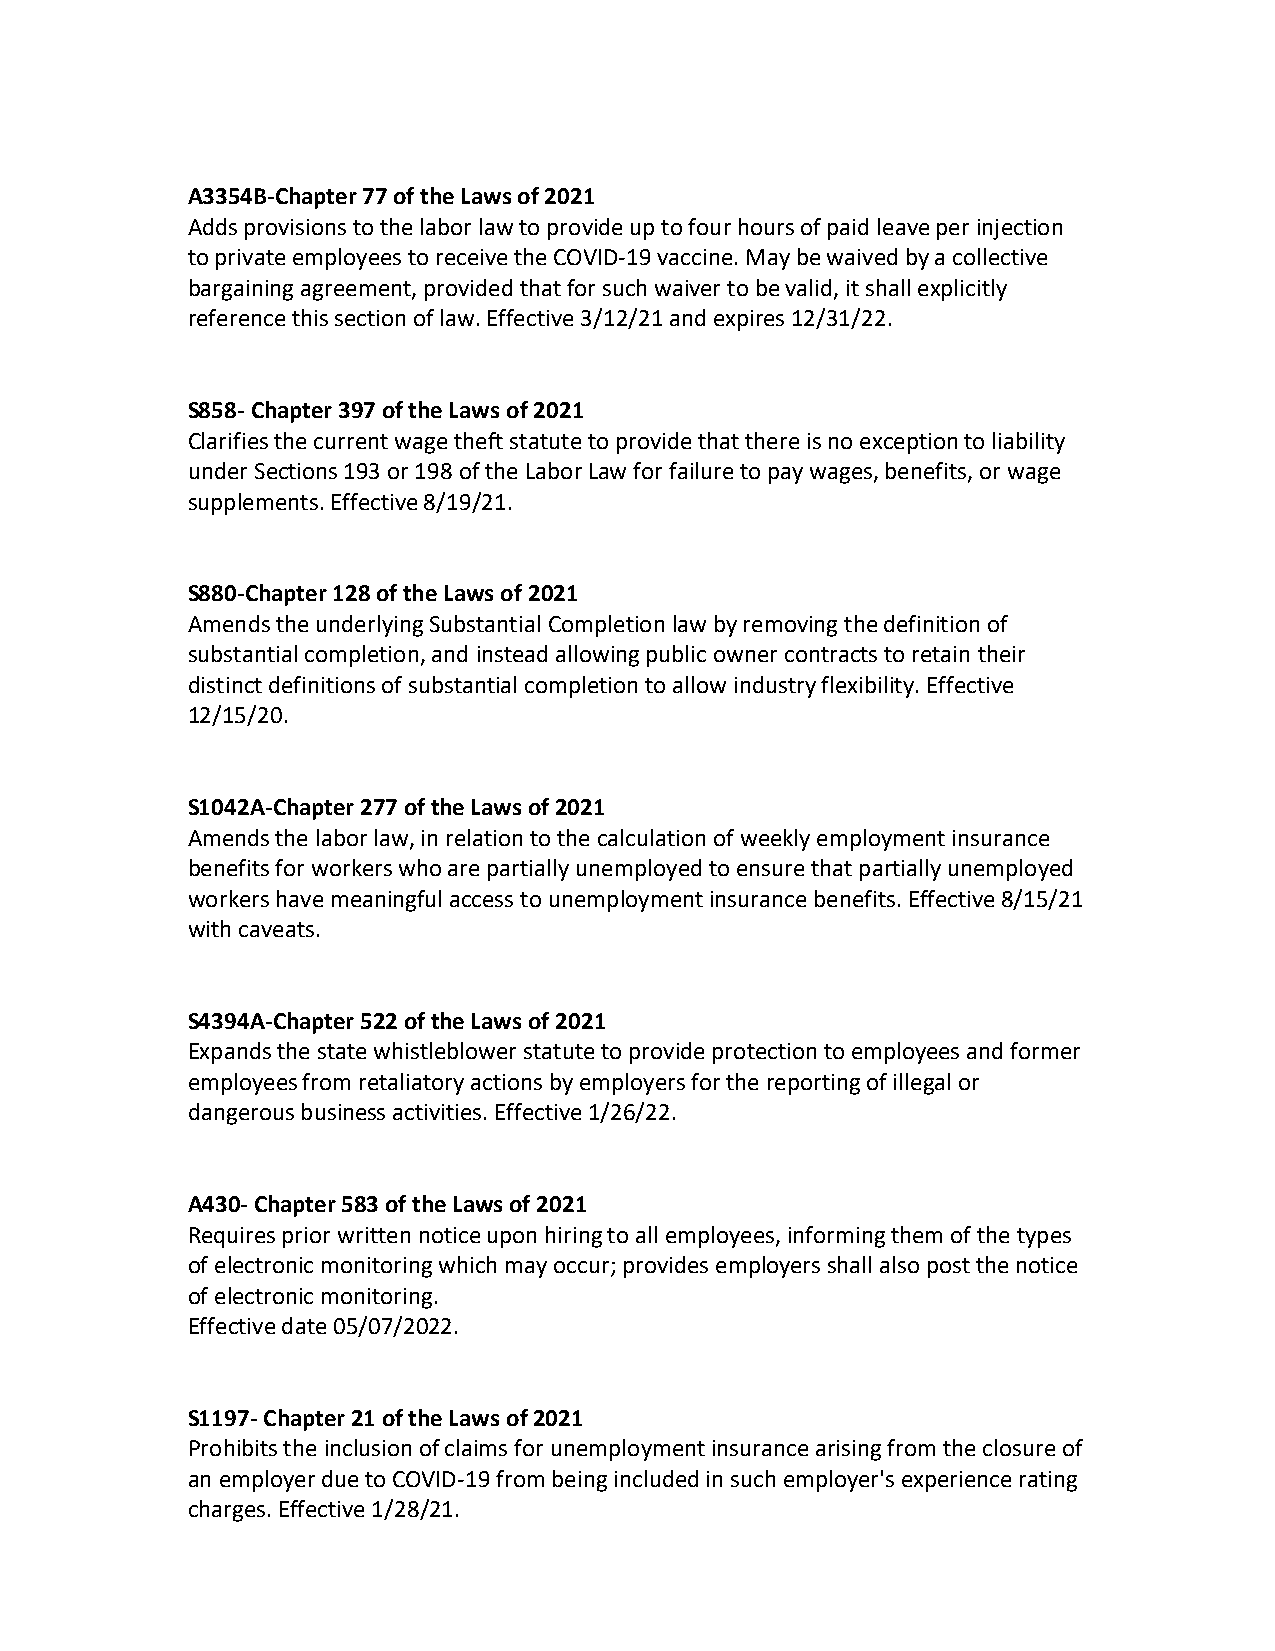
A3354B-Chapter 77 of the Laws of 2021
 Adds provisions to the labor law to provide up to four hours of paid leave per injection
 to private employees to receive the COVID-19 vaccine. May be waived by a collective
 bargaining agreement, provided that for such waiver to be valid, it shall explicitly
 reference this section of law. Effective 3/12/21 and expires 12/31/22.
 S858- Chapter 397 of the Laws of 2021
 Clarifies the current wage theft statute to provide that there is no exception to liability
 under Sections 193 or 198 of the Labor Law for failure to pay wages, benefits, or wage
 supplements. Effective 8/19/21.
 S880-Chapter 128 of the Laws of 2021
 Amends the underlying Substantial Completion law by removing the definition of
 substantial completion, and instead allowing public owner contracts to retain their
 distinct definitions of substantial completion to allow industry flexibility. Effective
 12/15/20.
 S1042A-Chapter 277 of the Laws of 2021
 Amends the labor law, in relation to the calculation of weekly employment insurance
 benefits for workers who are partially unemployed to ensure that partially unemployed
 workers have meaningful access to unemployment insurance benefits. Effective 8/15/21
 with caveats.
 S4394A-Chapter 522 of the Laws of 2021
 Expands the state whistleblower statute to provide protection to employees and former
 employees from retaliatory actions by employers for the reporting of illegal or
 dangerous business activities. Effective 1/26/22.
 A430- Chapter 583 of the Laws of 2021
 Requires prior written notice upon hiring to all employees, informing them of the types
 of electronic monitoring which may occur; provides employers shall also post the notice
 of electronic monitoring.
 Effective date 05/07/2022.
 S1197- Chapter 21 of the Laws of 2021
 Prohibits the inclusion of claims for unemployment insurance arising from the closure of
 an employer due to COVID-19 from being included in such employer's experience rating
 charges. Effective 1/28/21.